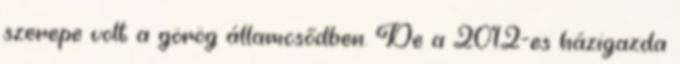
szerepe volt a görög államcsődben. De a 2012-es házigazda